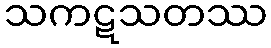
သကဋသတဿ